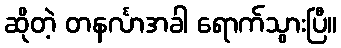
ဆိုတဲ့ တနင်္လာအခါ ရောက်သွားပြီ။